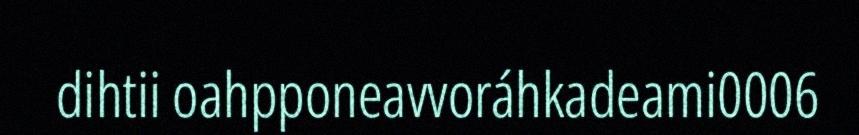
dihtii oahpponeavvoráhkadeami0006